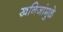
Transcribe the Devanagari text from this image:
खनिजांमुळे